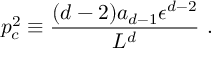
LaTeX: p _ { c } ^ { 2 } \equiv { \frac { ( d - 2 ) a _ { d - 1 } \epsilon ^ { d - 2 } } { L ^ { d } } } ~ .